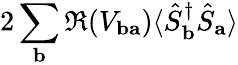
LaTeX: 2\sum_{\mathbf{b}}\Re(V_{\mathbf{ba}})\langle\hat{S}_{\mathbf{b}}^{\dagger}\hat{S}_{\mathbf{a}}\rangle